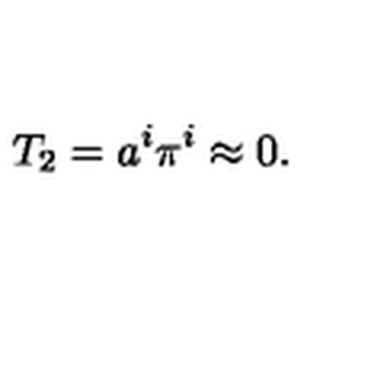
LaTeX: T _ { 2 } = a ^ { i } \pi ^ { i } \approx 0 .